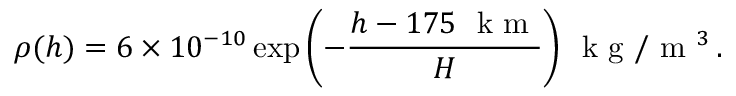
\rho ( h ) = 6 \times 1 0 ^ { - 1 0 } \exp \left( - \frac { h - 1 7 5 ~ \textrm { k m } } { H } \right) \, \textrm { k g } / \textrm { m } ^ { 3 } \, .